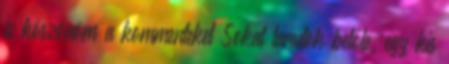
is köszönöm a kommenteket Sokat tanulok belőle, egy kis